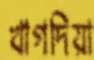
খাগদিয়া